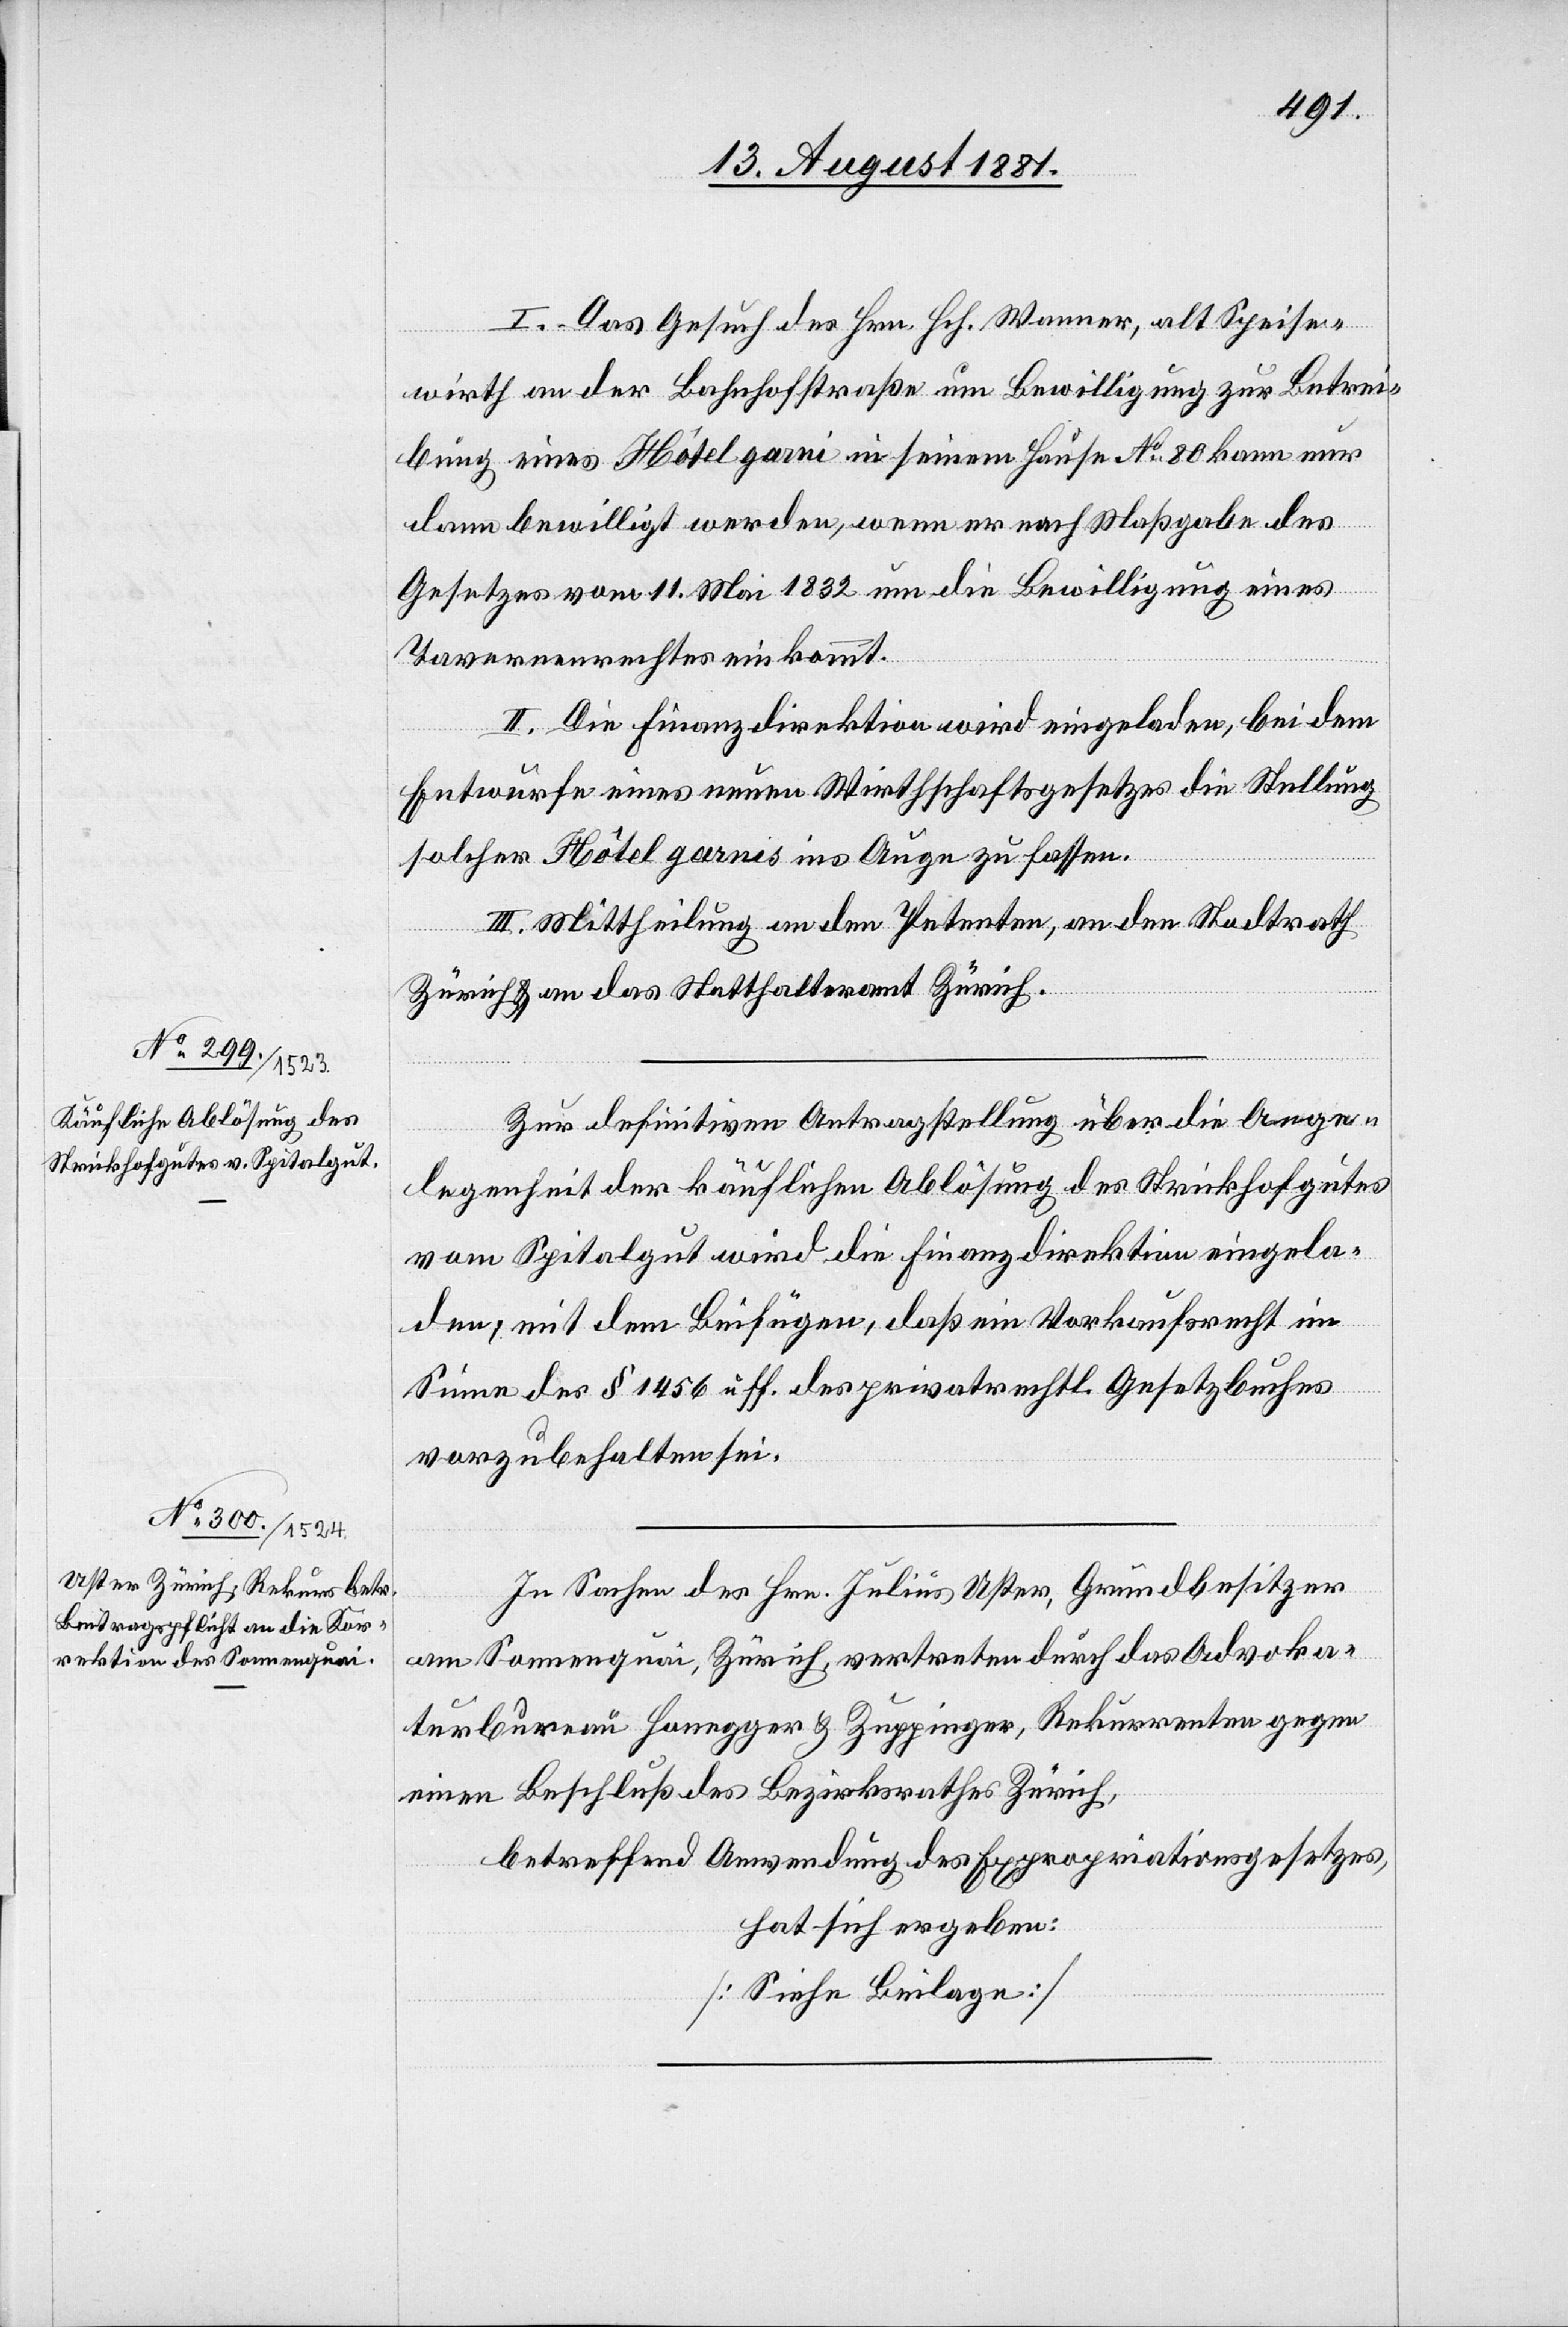
I. Das Gesuch des Hrn. Wanner, alt Speise¬
wirth an der Bahnhofstraße um Bewilligung zur Betrei¬
bung eines Hôtel garni in seinem Hause No 80 kann nur
dann bewilligt werden, wenn er nach Maßgabe des
Gesetzes vom 11. Mai 1832 um die Bewilligung eines
Tavernenrechtes einkommt.
II. Die Finanzdirektion wird eingeladen, bei dem
Entwurfe eines neuen Wirthschaftsgesetzes die Stellung
solcher Hôtel garnis in Auge zu fassen.
III. Mittheilung an den Petenten, an den Stadtrath
Zürich & an das Statthalteramt Zürich.
Zur definitiven Antragsstellung über die Ange¬
legenheit der käuflichen Ablösung des Strickhofgutes
von Spitalgut wird die Finanzdirektion eingela¬
den, mit dem Beifügen, daß ein Verkaufsrecht im
Sinne des § 1456 u. ff. des privatrechtl. Gesetzbuches
vorzubehalten sei.
In Sachen des Hrn. Julius Uster, Grundbesitzer
am Sonnenquai, Zürich, vertreten durch das Advoka¬
tenbureau Honegger & Zuppinger, Rekurrenten gegen
einen Beschluß des Bezirksrathes Zürich,
betreffend Anwendung des Expropriationsgesetzes,
hat sich ergeben:
[Siehe Beilage]